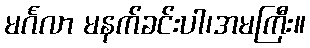
မင်္ဂလာ မနက်ခင်းပါ၊အမကြီး။